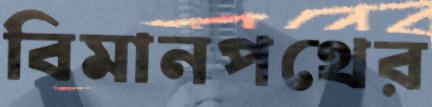
বিমানপথের